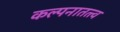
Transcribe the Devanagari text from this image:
कल्पनातत्त्व